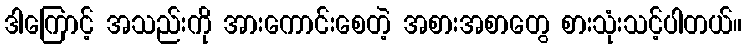
ဒါကြောင့် အသည်းကို အားကောင်းစေတဲ့ အစားအစာတွေ စားသုံးသင့်ပါတယ်။